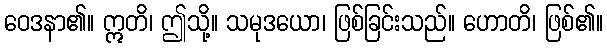
ဝေဒနာ၏။ ဣတိ၊ ဤသို့။ သမုဒယော၊ ဖြစ်ခြင်းသည်။ ဟောတိ၊ ဖြစ်၏။